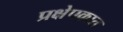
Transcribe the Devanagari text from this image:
प्रक्षेपकात